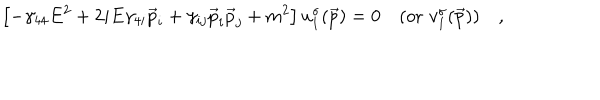
\left[ - \gamma _ { 4 4 } E ^ { 2 } + 2 i E \gamma _ { 4 i } \vec { p } _ { i } + \gamma _ { i j } \vec { p } _ { i } \vec { p } _ { j } + m ^ { 2 } \right] u _ { 1 } ^ { \sigma } ( \vec { p } ) = 0 \quad ( \mathrm { o r } \, \, v _ { 1 } ^ { \sigma } ( \vec { p } ) ) \quad ,